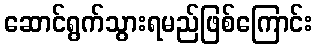
ဆောင်ရွက်သွားရမည်ဖြစ်ကြောင်း